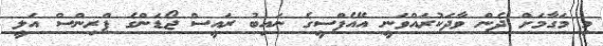
މި މަގާމަށް ދެން ވާދަކުރައްވަނީ އޭއެފްސީގެ ނައިބު ރައީސް ޖޯޑަންގެ ޕްރިންސް އަލީ